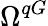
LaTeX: \Omega^{qG}